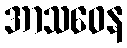
အာသဝေန